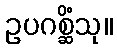
ဥပဂစ္ဆိံသု။